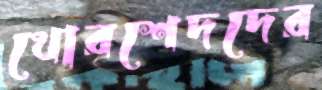
খোরশেদদের